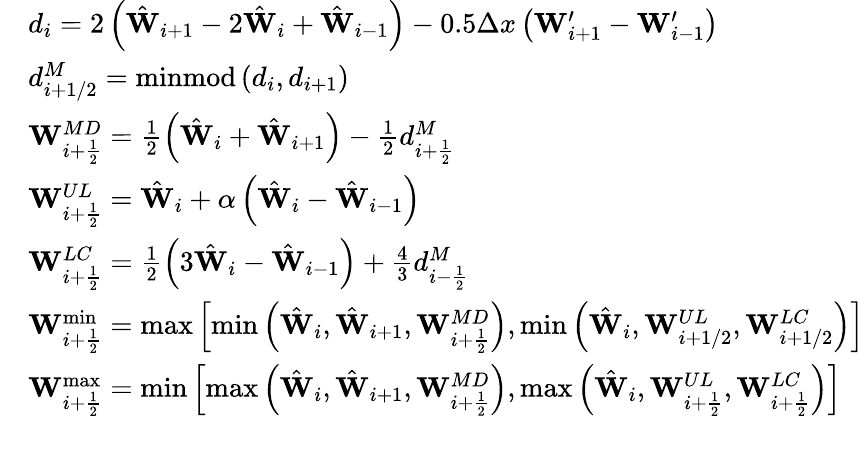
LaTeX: \begin{array}{rl}&{d_{i}=2\left(\hat{\mathbf{W}}_{i+1}-2\hat{\mathbf{W}}_{i}+\hat{\mathbf{W}}_{i-1}\right)-0.5\Delta x\left(\mathbf{W}_{i+1}^{\prime}-\mathbf{W}_{i-1}^{\prime}\right)}\\ &{d_{i+1/2}^{M}=\operatorname{minmod}\left(d_{i},d_{i+1}\right)}\\ &{\mathbf{W}_{i+\frac{1}{2}}^{MD}=\frac{1}{2}\left(\hat{\mathbf{W}}_{i}+\hat{\mathbf{W}}_{i+1}\right)-\frac{1}{2}d_{i+\frac{1}{2}}^{M}}\\ &{\mathbf{W}_{i+\frac{1}{2}}^{UL}=\hat{\mathbf{W}}_{i}+\alpha\left(\hat{\mathbf{W}}_{i}-\hat{\mathbf{W}}_{i-1}\right)}\\ &{\mathbf{W}_{i+\frac{1}{2}}^{LC}=\frac{1}{2}\left(3\hat{\mathbf{W}}_{i}-\hat{\mathbf{W}}_{i-1}\right)+\frac{4}{3}d_{i-\frac{1}{2}}^{M}}\\ &{\mathbf{W}_{i+\frac{1}{2}}^{\operatorname*{min}}=\operatorname*{max}\left[\operatorname*{min}\left(\hat{\mathbf{W}}_{i},\hat{\mathbf{W}}_{i+1},\mathbf{W}_{i+\frac{1}{2}}^{MD}\right),\operatorname*{min}\left(\hat{\mathbf{W}}_{i},\mathbf{W}_{i+1/2}^{UL},\mathbf{W}_{i+1/2}^{LC}\right)\right]}\\ &{\mathbf{W}_{i+\frac{1}{2}}^{\operatorname*{max}}=\operatorname*{min}\left[\operatorname*{max}\left(\hat{\mathbf{W}}_{i},\hat{\mathbf{W}}_{i+1},\mathbf{W}_{i+\frac{1}{2}}^{MD}\right),\operatorname*{max}\left(\hat{\mathbf{W}}_{i},\mathbf{W}_{i+\frac{1}{2}}^{UL},\mathbf{W}_{i+\frac{1}{2}}^{LC}\right)\right]}\\ &{}\end{array}